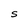
Character: S